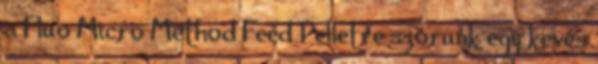
a Fluo Micro Method Feed Pelletre szórunk egy kevés